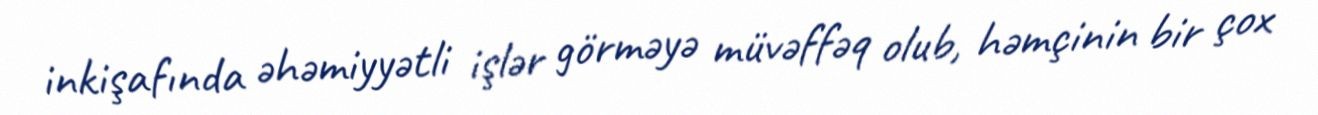
inkişafında əhəmiyyətli işlər görməyə müvəffəq olub, həmçinin bir çox